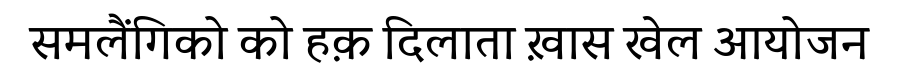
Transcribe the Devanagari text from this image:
समलैंगिको को हक़ दिलाता ख़ास खेल आयोजन